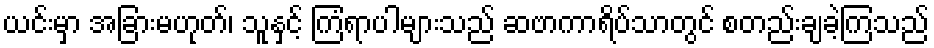
ယင်းမှာ အခြားမဟုတ်၊ သူနှင့် ကြံရာပါများသည် ဆဗာကာရိပ်သာတွင် စတည်းချခဲ့ကြသည်